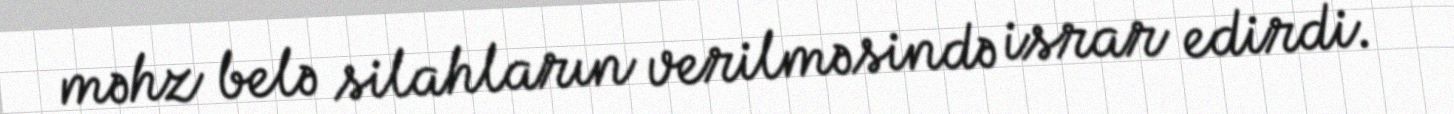
məhz belə silahların verilməsində israr edirdi.